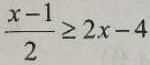
\frac { x - 1 } { 2 } \geq 2 x - 4